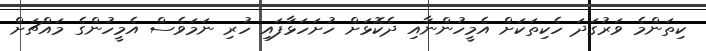
ކިތަންމެ ވަރުގަދަ ހެކިތަކަށް އެމީހުންނާއި ދެކޮޅަށް ހުށަހަޅާފައި ހުރި ނަމަވެސް އެމީހުންގެ މައްޗަށް